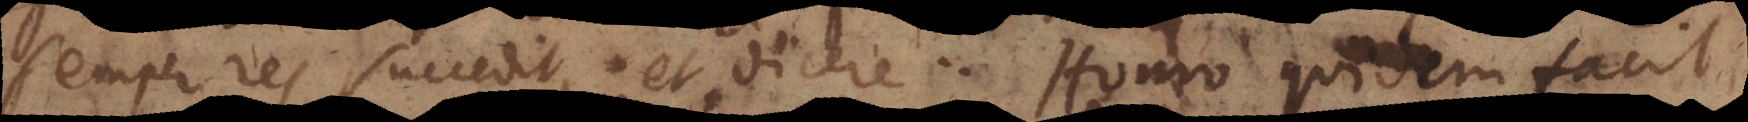
semper res succedit, et dicere: Homo quidem faci